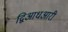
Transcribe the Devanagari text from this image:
द्विआधआरी